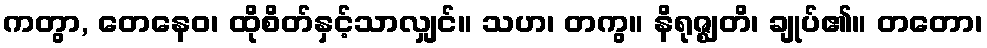
ကတွာ, တေနေဝ၊ ထိုစိတ်နှင့်သာလျှင်။ သဟ၊ တကွ။ နိရုဇ္ဈတိ၊ ချုပ်၏။ တတော၊